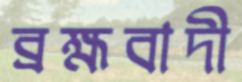
ব্রহ্মবাদী